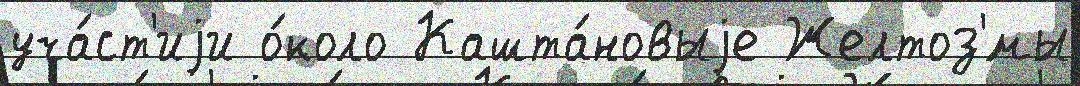
уча́ст'иjи о́коло Кашта́новыjе Желтоз'́мы